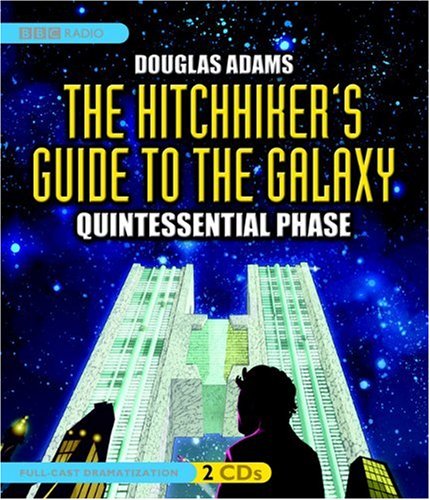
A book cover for The Hitchhiker's Guide to the Galaxy: Quintessential Phase (Full-Cast Dramatization); Douglas Adams; Humor & Entertainment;